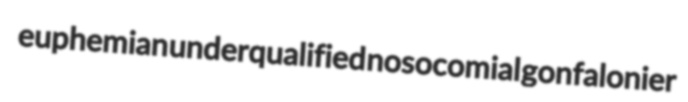
euphemian underqualified nosocomial gonfalonier